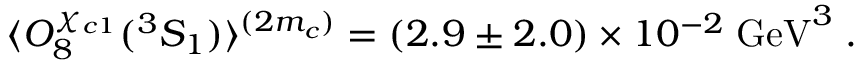
\langle { \cal O } _ { 8 } ^ { \chi _ { c 1 } } ( ^ { 3 } S _ { 1 } ) \rangle ^ { ( 2 m _ { c } ) } = ( 2 . 9 \pm 2 . 0 ) \times 1 0 ^ { - 2 } \; \mathrm { G e V } ^ { 3 } \; .